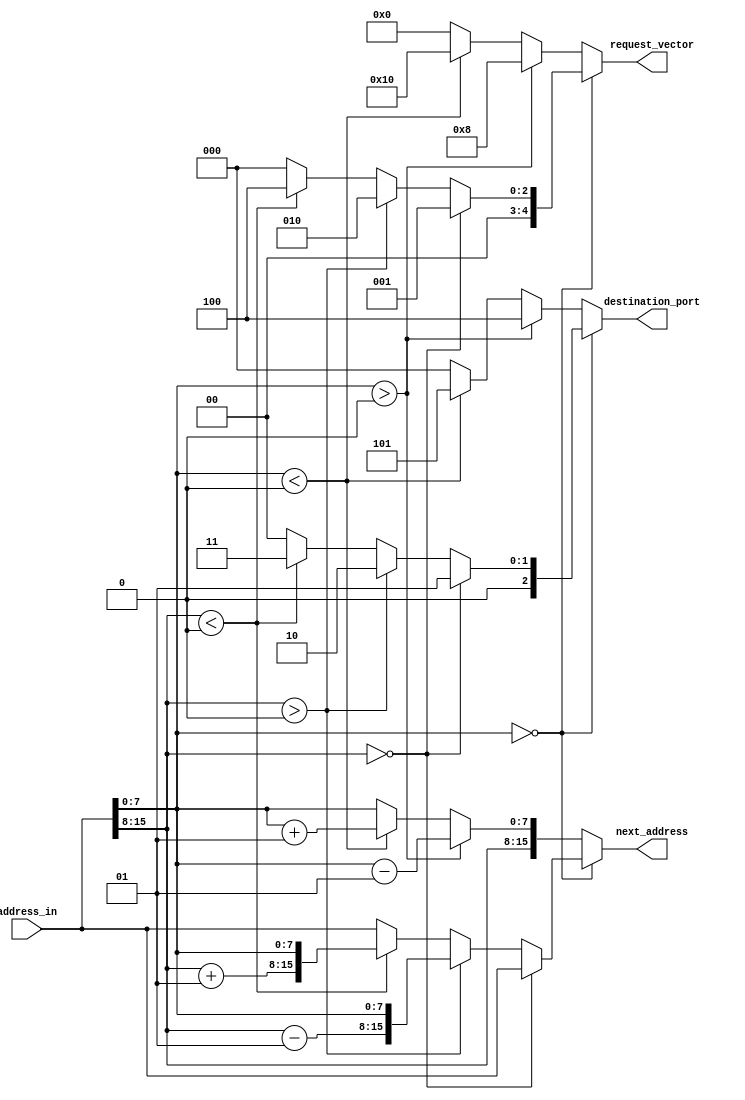
//2017.2.14 add request_vector
//2017.2.23 remove latches
//2017.4.2  add destination_port = 3'd0 at line 44, avoid latch caused by destination_port

module address_compute (address_in, destination_port, next_address, request_vector);

parameter address_length = 16;
parameter x_address_length = 8;
parameter y_address_length = 8;


localparam local = 3'd1;
localparam north = 3'd2;
localparam south = 3'd3;
localparam east = 3'd4;
localparam west = 3'd5;

output reg [2:0] destination_port;
output reg [address_length-1:0] next_address;
input [address_length - 1:0] address_in;
output reg [4:0] request_vector; //high to low: west east south north local

//reg [2:0] destination;

wire signed [x_address_length - 1:0] x_address;
wire signed [y_address_length - 1:0] y_address;
wire signed [x_address_length - 1:0] x_address_plus;
wire signed [x_address_length - 1:0] x_address_minus;
wire signed [y_address_length - 1:0] y_address_plus;
wire signed [y_address_length - 1:0] y_address_minus;

assign x_address = address_in[x_address_length - 1:0];
assign y_address = address_in[address_length - 1:address_length - y_address_length];

assign x_address_plus = x_address + 1;
assign x_address_minus = x_address - 1;
assign y_address_plus = y_address + 1;
assign y_address_minus = y_address - 1;
//
always @(*) 
begin
    next_address = address_in;//prevent latch
    request_vector = 5'b00000;//2.22 avoid latch
    destination_port = 3'd0;//4.2 avoid latch
    if (x_address == 0) 
        begin
            if (y_address == 0)
                begin
                    request_vector = 5'b00001; //request local arbiter
                    destination_port = local;
                    next_address = {y_address, x_address};
                end
            else if (y_address > 0)
                begin
                    request_vector = 5'b00010; //request north arbiter
                    destination_port = north;
                    next_address = {y_address_minus, x_address};
                end
            else if (y_address < 0)//cause latch, need to be changed
                begin
                    request_vector = 5'b00100; //request south arbiter
                    destination_port = south;
                    next_address = {y_address_plus, x_address};
                end                
        end
    else if(x_address > 0)
        begin
            request_vector = 5'b01000; //request east arbiter
            destination_port = east;
            next_address = {y_address ,x_address_minus};
        end
    else if (x_address < 0)
        begin
            request_vector = 5'b10000; //request west arbiter
            destination_port = west;
            next_address = {y_address, x_address_plus};
        end
end

endmodule
//assign destination_port = destination;